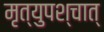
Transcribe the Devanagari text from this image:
मृत्युपश्चात्‌